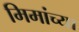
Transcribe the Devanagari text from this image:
मिमांच्या